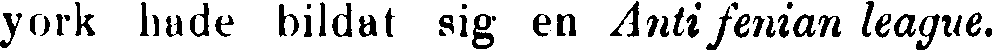
york hade bildat sig en Antifenian league.